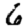
Digit: 6